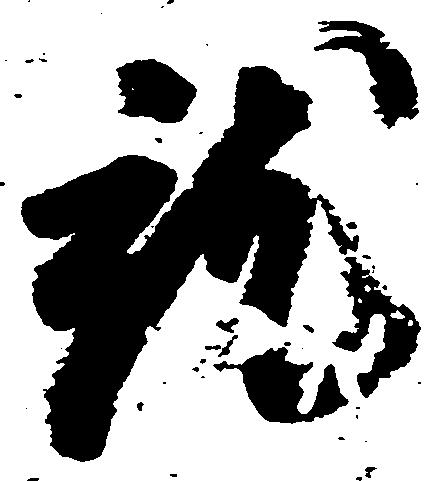
就